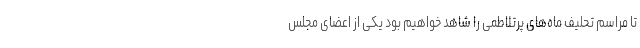
تا مراسم تحلیف‌ ماه‌های پرتلاطمی را شاهد خواهیم بود یکی از اعضای مجلس